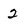
Character: 2